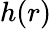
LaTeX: h(r)